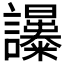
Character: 𧮔